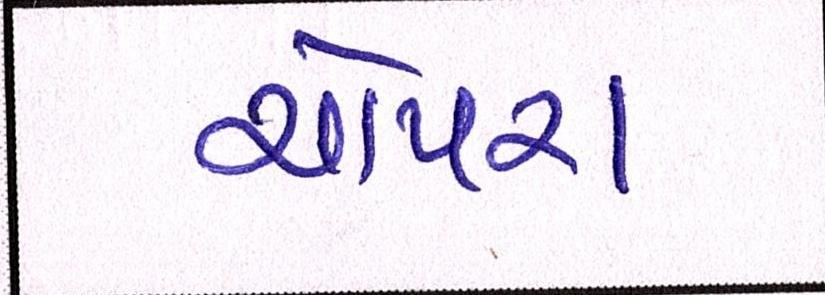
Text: ચોપરા